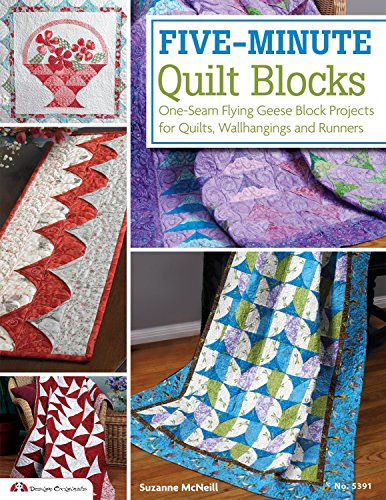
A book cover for Five-Minute Quilt Blocks: One-Seam Flying Geese Block Projects for Quilts, Wallhangings and Runners; Suzanne McNeill; Crafts, Hobbies & Home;